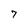
Character: 7